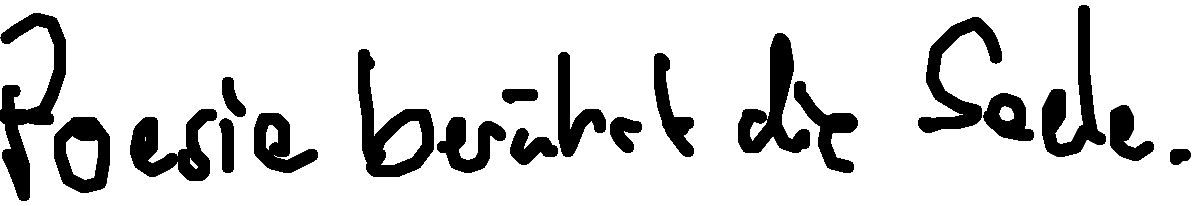
Poesie berührt die Seele.